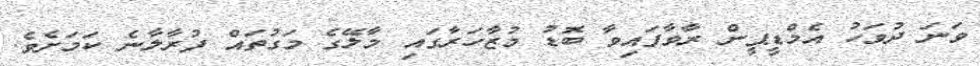
ވަނަ ދުވަހު އެމްޑީޕީން ރާވާފައިވާ ބޮޑު މުޒާހަރާގައި މާލޭގެ މަގުތައް ފުރާލާނެ ކަމަށެވެ.